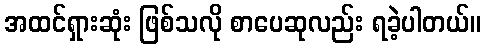
အထင်ရှားဆုံး ဖြစ်သလို စာပေဆုလည်း ရခဲ့ပါတယ်။